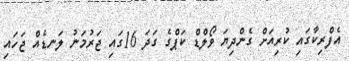
އެފްރިކާގައި ކުރިއަށް ގެންދިޔަ ވޯލްޑް ކަޕްގެ ގަދަ 16ގައި ޖަރުމަނު ލަނޑެއް ޖަހައި